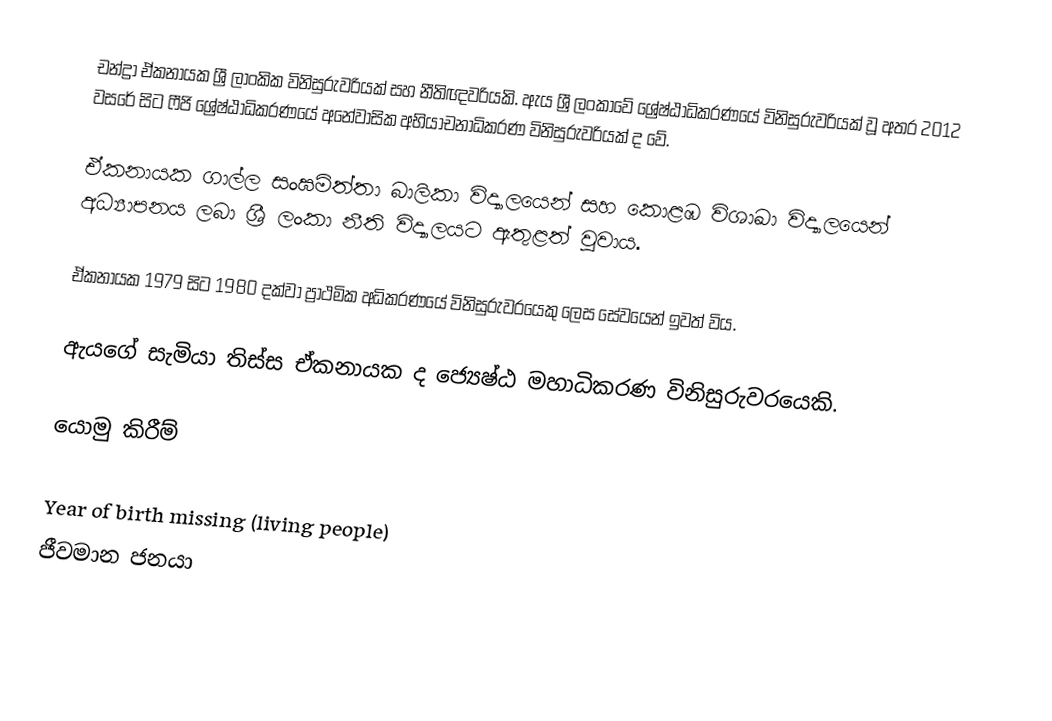
චන්ද්‍රා ඒකනායක ශ්‍රී ලාංකික විනිසුරුවරියක් සහ නීතිඥවරියකි. ඇය ශ්‍රී ලංකාවේ ශ්‍රේෂ්ඨාධිකරණයේ විනිසුරුවරියක් වූ අතර 2012 වසරේ සිට ෆීජි ශ්‍රේෂ්ඨාධිකරණයේ අනේවාසික අභියාචනාධිකරණ විනිසුරුවරියක් ද වේ.

ඒකනායක ගාල්ල සංඝමිත්තා බාලිකා විද්‍යාලයෙන් සහ කොළඹ විශාඛා විද්‍යාලයෙන් අධ්‍යාපනය ලබා ශ්‍රී ලංකා නීති විද්‍යාලයට ඇතුළත් වූවාය.

ඒකනායක 1979 සිට 1980 දක්වා ප්‍රාථමික අධිකරණයේ විනිසුරුවරයෙකු ලෙස සේවයෙන් ඉවත් විය.

ඇයගේ සැමියා තිස්ස ඒකනායක ද ජ්‍යෙෂ්ඨ මහාධිකරණ විනිසුරුවරයෙකි.

යොමු කිරීම්

Year of birth missing (living people)
ජීවමාන ජනයා